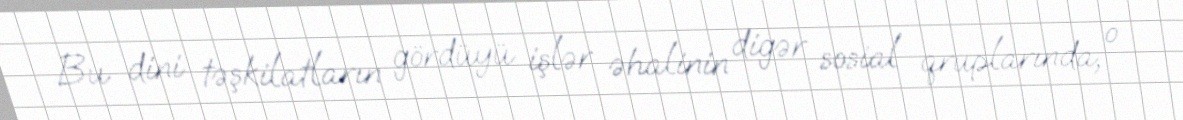
Bu dini təşkilatların gördüyü işlər əhalinin digər sosial qruplarında, o